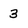
Character: 3